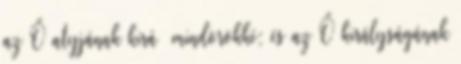
az Ő atyjának kirá− mindörökké; és az Ő királyságának